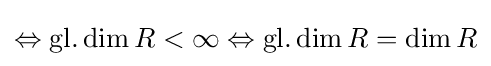
\Leftrightarrow \operatorname {gl.dim} R<\infty \Leftrightarrow \operatorname {gl.dim} R=\dim R